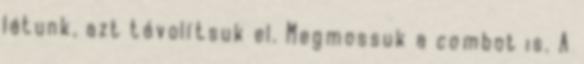
látunk, azt távolítsuk el. Megmossuk a combot is. A